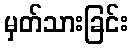
မှတ်သားခြင်း